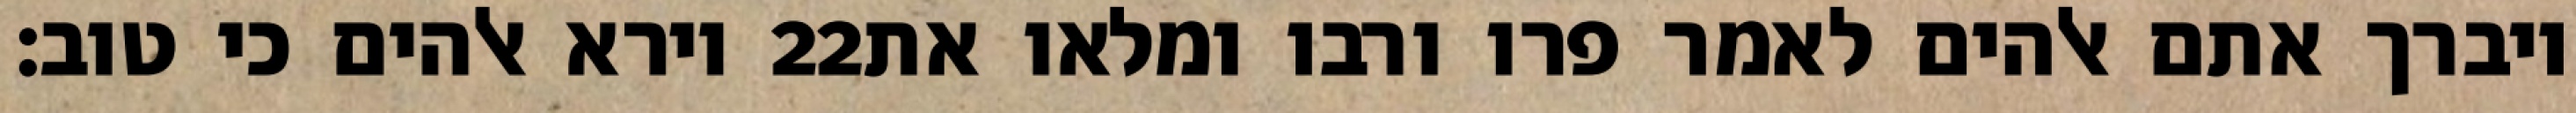
וירא אלהים כי טוב׃ ‎22‏ ויברך אתם אלהים לאמר פרו ורבו ומלאו את